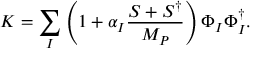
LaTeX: K = \sum _ { I } \left( 1 + \alpha _ { I } \frac { S + S ^ { \dagger } } { M _ { P } } \right) \Phi _ { I } \Phi _ { I } ^ { \dagger } .